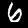
Digit: 6